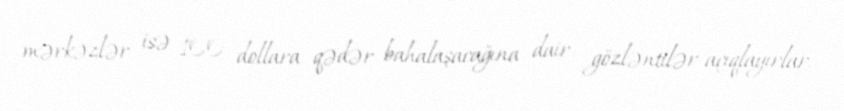
mərkəzlər isə 100 dollara qədər bahalaşacağına dair gözləntilər açıqlayırlar.